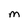
Character: M